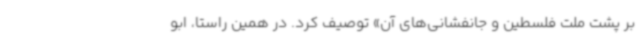
بر پشت ملت فلسطین و جانفشانی‌های آن» توصیف کرد. در همین راستا، ابو